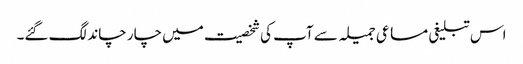
اس تبلیغی مساعی جمیلہ سے آپ کی شخصیت میں چار چاند لگ گئے۔